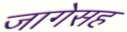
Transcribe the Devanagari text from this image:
जागेसह